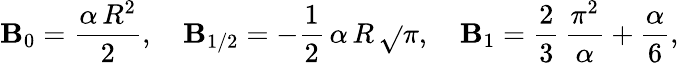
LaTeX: \mathbf{B}_{0}=\frac{{\alpha\, R^{2}}}{{2}},\quad\mathbf{B}_{1/2}=-\frac{{1}}{{2}}\, \alpha\, R\, \sqrt{}{\pi},\quad\mathbf{B}_{1}=\frac{{2}}{{3}}\, \frac{{\pi^{2}}}{{\alpha}}+\frac{{\alpha}}{{6}},